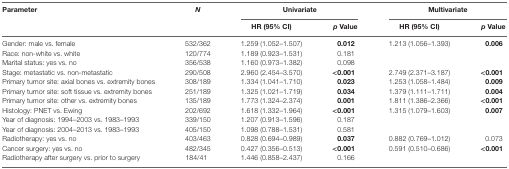
<table><thead><tr><td rowspan="2"><b>Parameter</b></td><td rowspan="2"><b><i>N</i></b></td><td colspan="2"><b>Univariate</b></td><td colspan="2"><b>Multivariate</b></td></tr><tr><td><b>HR (95% CI)</b></td><td><b><i>p</i> Value</b></td><td><b>HR (95% CI)</b></td><td><b><i>p</i> Value</b></td></tr></thead><tbody><tr><td>Gender: male vs. female</td><td>532/362</td><td>1.259 (1.052–1.507)</td><td><b>0.012</b></td><td>1.213 (1.056–1.393)</td><td><b>0.006</b></td></tr><tr><td>Race: non-white vs. white</td><td>120/774</td><td>1.189 (0.923–1.531)</td><td>0.181</td><td></td><td></td></tr><tr><td>Marital status: yes vs. no</td><td>356/538</td><td>1.160 (0.973–1.382)</td><td>0.098</td><td></td><td></td></tr><tr><td>Stage: metastatic vs. non-metastatic</td><td>290/508</td><td>2.960 (2.454–3.570)</td><td><b>&lt;0.001</b></td><td>2.749 (2.371–3.187)</td><td><b>&lt;0.001</b></td></tr><tr><td>Primary tumor site: axial bones vs. extremity bones</td><td>308/189</td><td>1.334 (1.041–1.710)</td><td><b>0.023</b></td><td>1.253 (1.058–1.484)</td><td><b>0.009</b></td></tr><tr><td>Primary tumor site: soft tissue vs. extremity bones</td><td>251/189</td><td>1.325 (1.021–1.719)</td><td><b>0.034</b></td><td>1.379 (1.111–1.711)</td><td><b>0.004</b></td></tr><tr><td>Primary tumor site: other vs. extremity bones</td><td>135/189</td><td>1.773 (1.324–2.374)</td><td><b>0.001</b></td><td>1.811 (1.386–2.366)</td><td><b>&lt;0.001</b></td></tr><tr><td>Histology: PNET vs. Ewing</td><td>202/692</td><td>1.618 (1.332–1.964)</td><td><b>&lt;0.001</b></td><td>1.315 (1.079–1.603)</td><td><b>0.007</b></td></tr><tr><td>Year of diagnosis: 1994–2003 vs. 1983–1993</td><td>339/150</td><td>1.207 (0.913–1.596)</td><td>0.187</td><td></td><td></td></tr><tr><td>Year of diagnosis: 2004–2013 vs. 1983–1993</td><td>405/150</td><td>1.098 (0.788–1.531)</td><td>0.581</td><td></td><td></td></tr><tr><td>Radiotherapy: yes vs. no</td><td>403/463</td><td>0.828 (0.694–0.989)</td><td><b>0.037</b></td><td>0.882 (0.769–1.012)</td><td>0.073</td></tr><tr><td>Cancer surgery: yes vs. no</td><td>482/345</td><td>0.427 (0.356–0.513)</td><td><b>&lt;0.001</b></td><td>0.591 (0.510–0.686)</td><td><b>&lt;0.001</b></td></tr><tr><td>Radiotherapy after surgery vs. prior to surgery</td><td>184/41</td><td>1.446 (0.858–2.437)</td><td>0.166</td><td></td><td></td></tr></tbody></table>